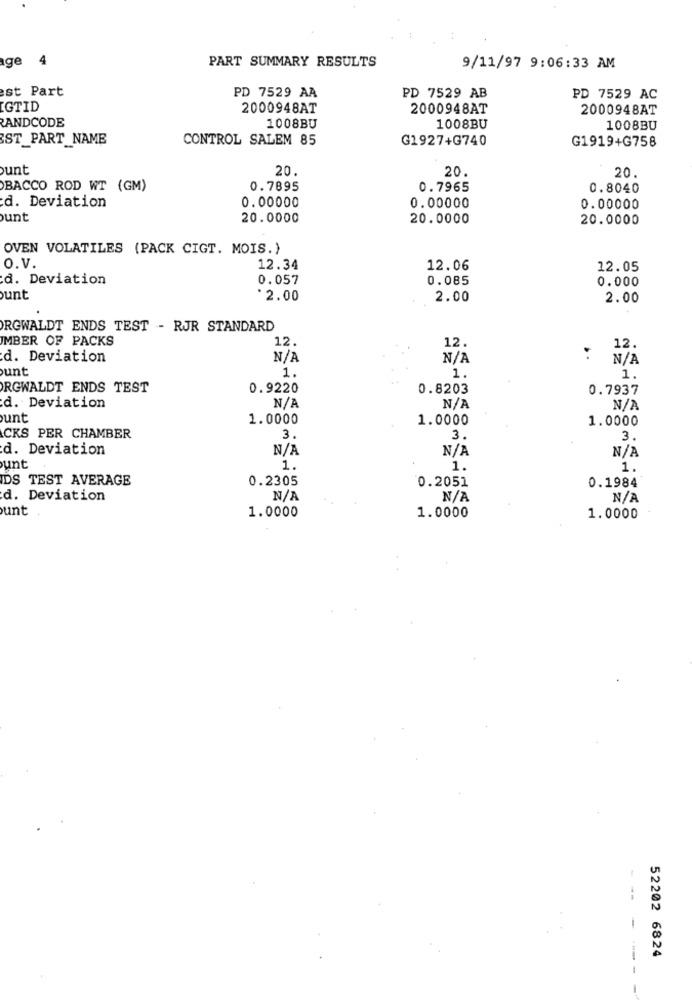
ge 4
PART SUMMARY RESULTS
9/11/97 9:06:33 AM
est Part
PD 7529 AA
PD 7529 AB
PD 7529 AC
IGTID
2000948AT
2000948AT
2000948AT
LANDCODE
1008BU
1008BU
1008BU
ST_PART_NAME
CONTROL SALEM 85
G1927+G740
G1919+G758
unt
20.
20.
20.
BACCO ROD WT (GM)
0.7895
0.7965
0.8040
d. Deviation
0.00000
0.00000
0.00000
unt
20.0000
20.0000
20.0000
OVEN VOLATILES (PACK CIGT. MOIS.)
O.V.
12.34
12.06
12.05
d. Deviation
0.057
0.085
0.000
unt
*2.00
2.00
2.00
RGWALDT ENDS TEST - RJR STANDARD
IMBER OF PACKS
12.
12.
12.
d. Deviation
. .
unt
1.
1.
1.
RGWALDT ENDS TEST
0.9220
0.8203
0.7937
d. Deviation
unt
1.0000
1.0000
1.0000
CKS PER CHAMBER
3.
3
3.
d. Deviation
unt
1.
1.
1.
IDS TEST AVERAGE
0.2305
0.2051
0.1984
d. Deviation
unt
1.0000
1.0000
1.0000
-
52202 6824
---